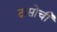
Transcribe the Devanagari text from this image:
दासोची